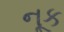
નૂક